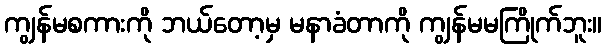
ကျွန်မစကားကို ဘယ်တော့မှ မနာခံတာကို ကျွန်မမကြိုက်ဘူး။